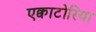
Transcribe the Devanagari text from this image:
एक्वाटोरिया